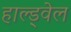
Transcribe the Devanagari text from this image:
हाल्ड्वेल